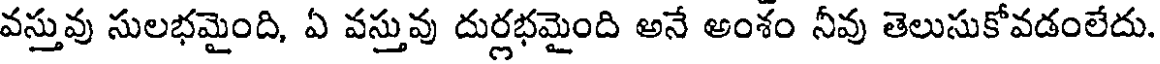
వస్తువు సులభమైంది, ఏ వస్తువు దుర్లభమైంది అనే అంశం నీవు తెలుసుకోవడంలేదు